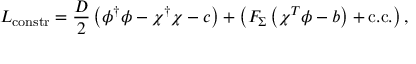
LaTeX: { \cal L } _ { \mathrm { c o n s t r } } = { \frac { D } { 2 } } \left( \phi ^ { \dagger } \phi - \chi ^ { \dagger } \chi - c \right) + \left( F _ { \Sigma } \left( \chi ^ { T } \phi - b \right) + \mathrm { c . c . } \right) ,